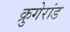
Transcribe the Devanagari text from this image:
क्रुगेरांड